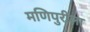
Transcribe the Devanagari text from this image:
मणिपुरीला